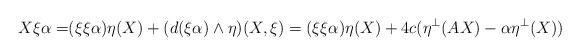
LaTeX: \begin{align*}X\xi\alpha=&(\xi\xi\alpha)\eta(X)+(d(\xi\alpha)\wedge\eta)(X,\xi)=(\xi\xi\alpha)\eta(X)+4c(\eta^\perp(AX)-\alpha\eta^\perp(X))\end{align*}